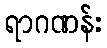
ရာဂဏန်း